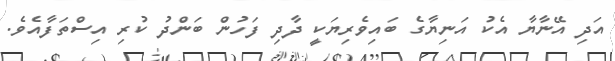
އަދި އޭނާޔާ އެކު އަނިޔާގެ ބައިވެރިޔަކީ ދާދި ފަހުން ބަންދު ކުރި އިސްތަފާއެވެ.